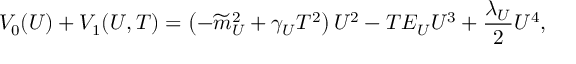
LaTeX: V _ { 0 } ( U ) + V _ { 1 } ( U , T ) = \left( - \widetilde { m } _ { U } ^ { 2 } + \gamma _ { U } T ^ { 2 } \right) U ^ { 2 } - T E _ { U } U ^ { 3 } + \frac { \lambda _ { U } } { 2 } U ^ { 4 } ,